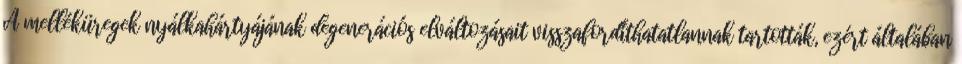
A melléküregek nyálkahártyájának degenerációs elváltozásait visszafordíthatatlannak tartották, ezért általában